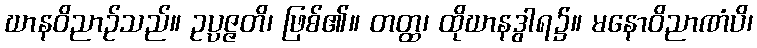
ဃာနဝိညာဉ်သည်။ ဥပ္ပဇ္ဇတိ၊ ဖြစ်၏။ တတ္ထ၊ ထိုဃာနဒွါရ၌။ မနောဝိညာဏံပိ၊